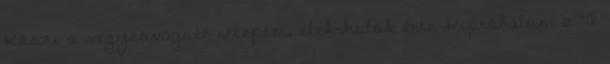
Köszi a vegyesvágott receptet, élek-halok érte. Kipróbálom a Te